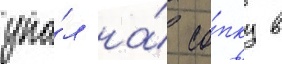
упа́л на́ со́пку в